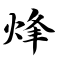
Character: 烽